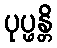
ပုပ္ဖန္တိ